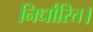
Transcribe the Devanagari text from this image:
निर्धारित।